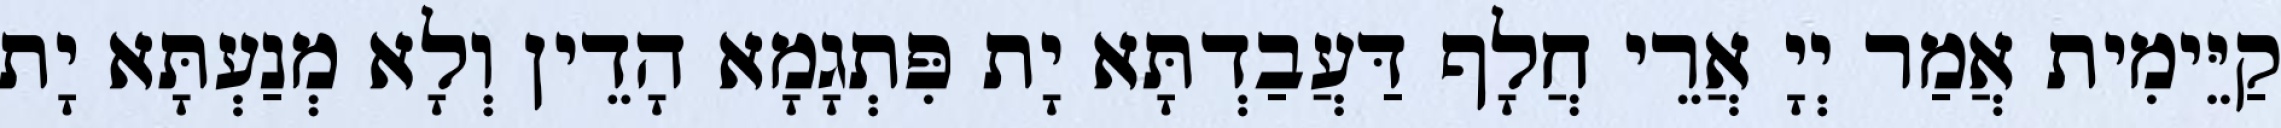
קַיֵּימִית אֲמַר יְיָ אֲרֵי חֲלָף דַּעֲבַדְתָּא יָת פִּתְגָמָא הָדֵין וְלָא מְנַעְתָּא יָת